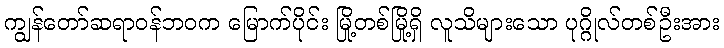
ကျွန်တော်ဆရာဝန်ဘဝက မြောက်ပိုင်း မြို့တစ်မြို့ရှိ လူသိများသော ပုဂ္ဂိုလ်တစ်ဦးအား